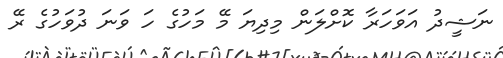
ނަޝީދު އަވަހަރާ ކޮށްލަން މިދިޔަ މޭ މަހުގެ ހަ ވަނަ ދުވަހުގެ ރޭ